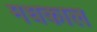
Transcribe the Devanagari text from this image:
मधकाल